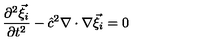
\frac { \partial ^ { 2 } { \vec { \xi } } _ { i } } { \partial t ^ { 2 } } - { \hat { c } } ^ { 2 } \nabla \cdot \nabla { \vec { \xi } } _ { i } = 0